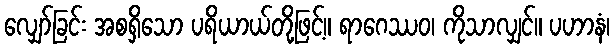
လျှော်ခြင်း အစရှိသော ပရိယာယ်တို့ဖြင့်။ ရာဂေဿဝ၊ ကိုသာလျှင်။ ပဟာနံ၊